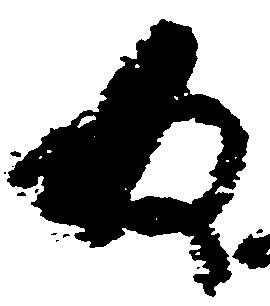
為